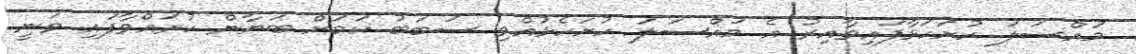
މައްސަލަ ހުށަހަޅާފައިވާއިރު އެ މައްސަލަ ހުށަހެޅުއްވި ސަބަބު ކަމަށް ބަޔާން ކުރައްވާފައި ވަނީ